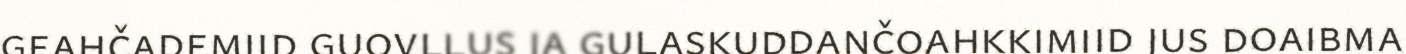
geahčademiid guovllus ja gulaskuddančoahkkimiid jus doaibma